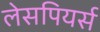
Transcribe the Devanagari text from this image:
लेसपियर्स